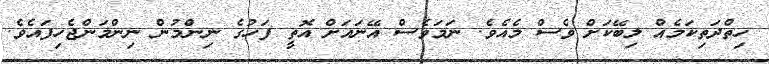
ހިތްދަތިކަމެއް ލިބޭކަށް ވެސް މެއެވެ. ނަމަވެސް އޭނައަށް އޮތީ ފަހުގެ ނިންމުން ނިންމަންޖެހިފައެވެ.